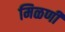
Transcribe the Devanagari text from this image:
मिळणी